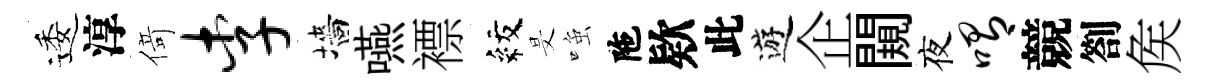
逶淳𠋣李墻嚥褾紋旻𫪻陁欵此遊企闚夜喟競劄矦